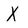
Character: X